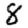
Digit: 8